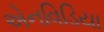
એનવિડિયા